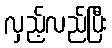
လှည့်လည်ပြီး